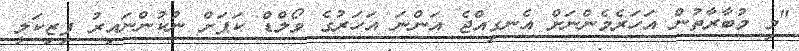
"މި މުބާރާތުން އަހަރެމެންނަށް އެނގިއްޖެ އަންނަ އަހަރުގެ ވޯލްޑް ކަޕަށް ނުކުންނައިރު ފިޒިކަލީ